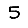
Digit: 5